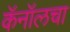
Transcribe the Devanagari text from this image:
कॅनॉलचा